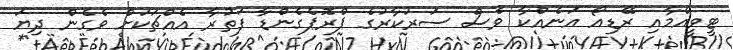
ޓީވީއެމާއި ރޭޑިއޯ އަނެއްކާ ވެސް ސަރުކާރުގެ ޕްރޮޕެގެންޑާ ފަތުރާ އެއްޗަކަށް ވެގެން ދިޔަ